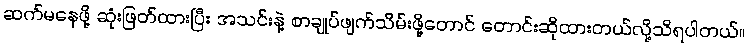
ဆက်မနေဖို့ ဆုံးဖြတ်ထားပြီး အသင်းနဲ့ စာချုပ်ဖျက်သိမ်းဖို့တောင် တောင်းဆိုထားတယ်လို့သိရပါတယ်။